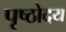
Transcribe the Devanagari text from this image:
पृष्ठोदय